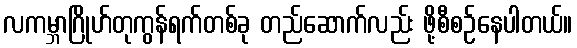
လကမ္ဘာဂြိုဟ်တုကွန်ရက်တစ်ခု တည်ဆောက်လည်း ဖို့စီစဉ်နေပါတယ်။